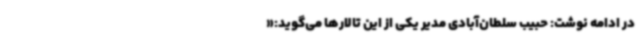
در ادامه نوشت: حبیب سلطان‌آبادی مدیر یکی از این تالارها می‌گوید:«